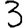
Digit: 3